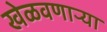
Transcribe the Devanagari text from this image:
खेळवणाऱ्या